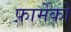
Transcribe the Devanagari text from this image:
फ़ार्मेको